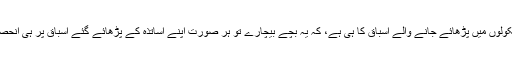
اصل مسئلہ ہمارے سرکاری سکولوں میں پڑھائے جانے والے اسباق کا ہی ہے، کہ یہ بچے بیچارے تو ہر صورت اپنے اساتذہ کے پڑھائے گئے اسباق پر ہی انحصار کرنے پر مجبور ہوتے ہیں۔